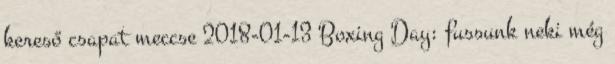
kereső csapat meccse 2018-01-13 Boxing Day: fussunk neki még